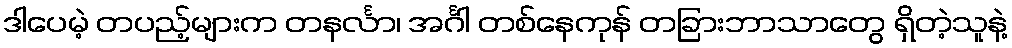
ဒါပေမဲ့ တပည့်များက တနင်္လာ၊ အင်္ဂါ တစ်နေကုန် တခြားဘာသာတွေ ရှိတဲ့သူနဲ့